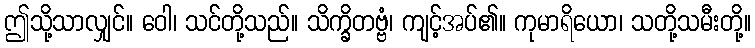
ဤသို့သာလျှင်။ ဝေါ၊ သင်တို့သည်။ သိက္ခိတဗ္ဗံ၊ ကျင့်အပ်၏။ ကုမာရိယော၊ သတို့သမီးတို့။